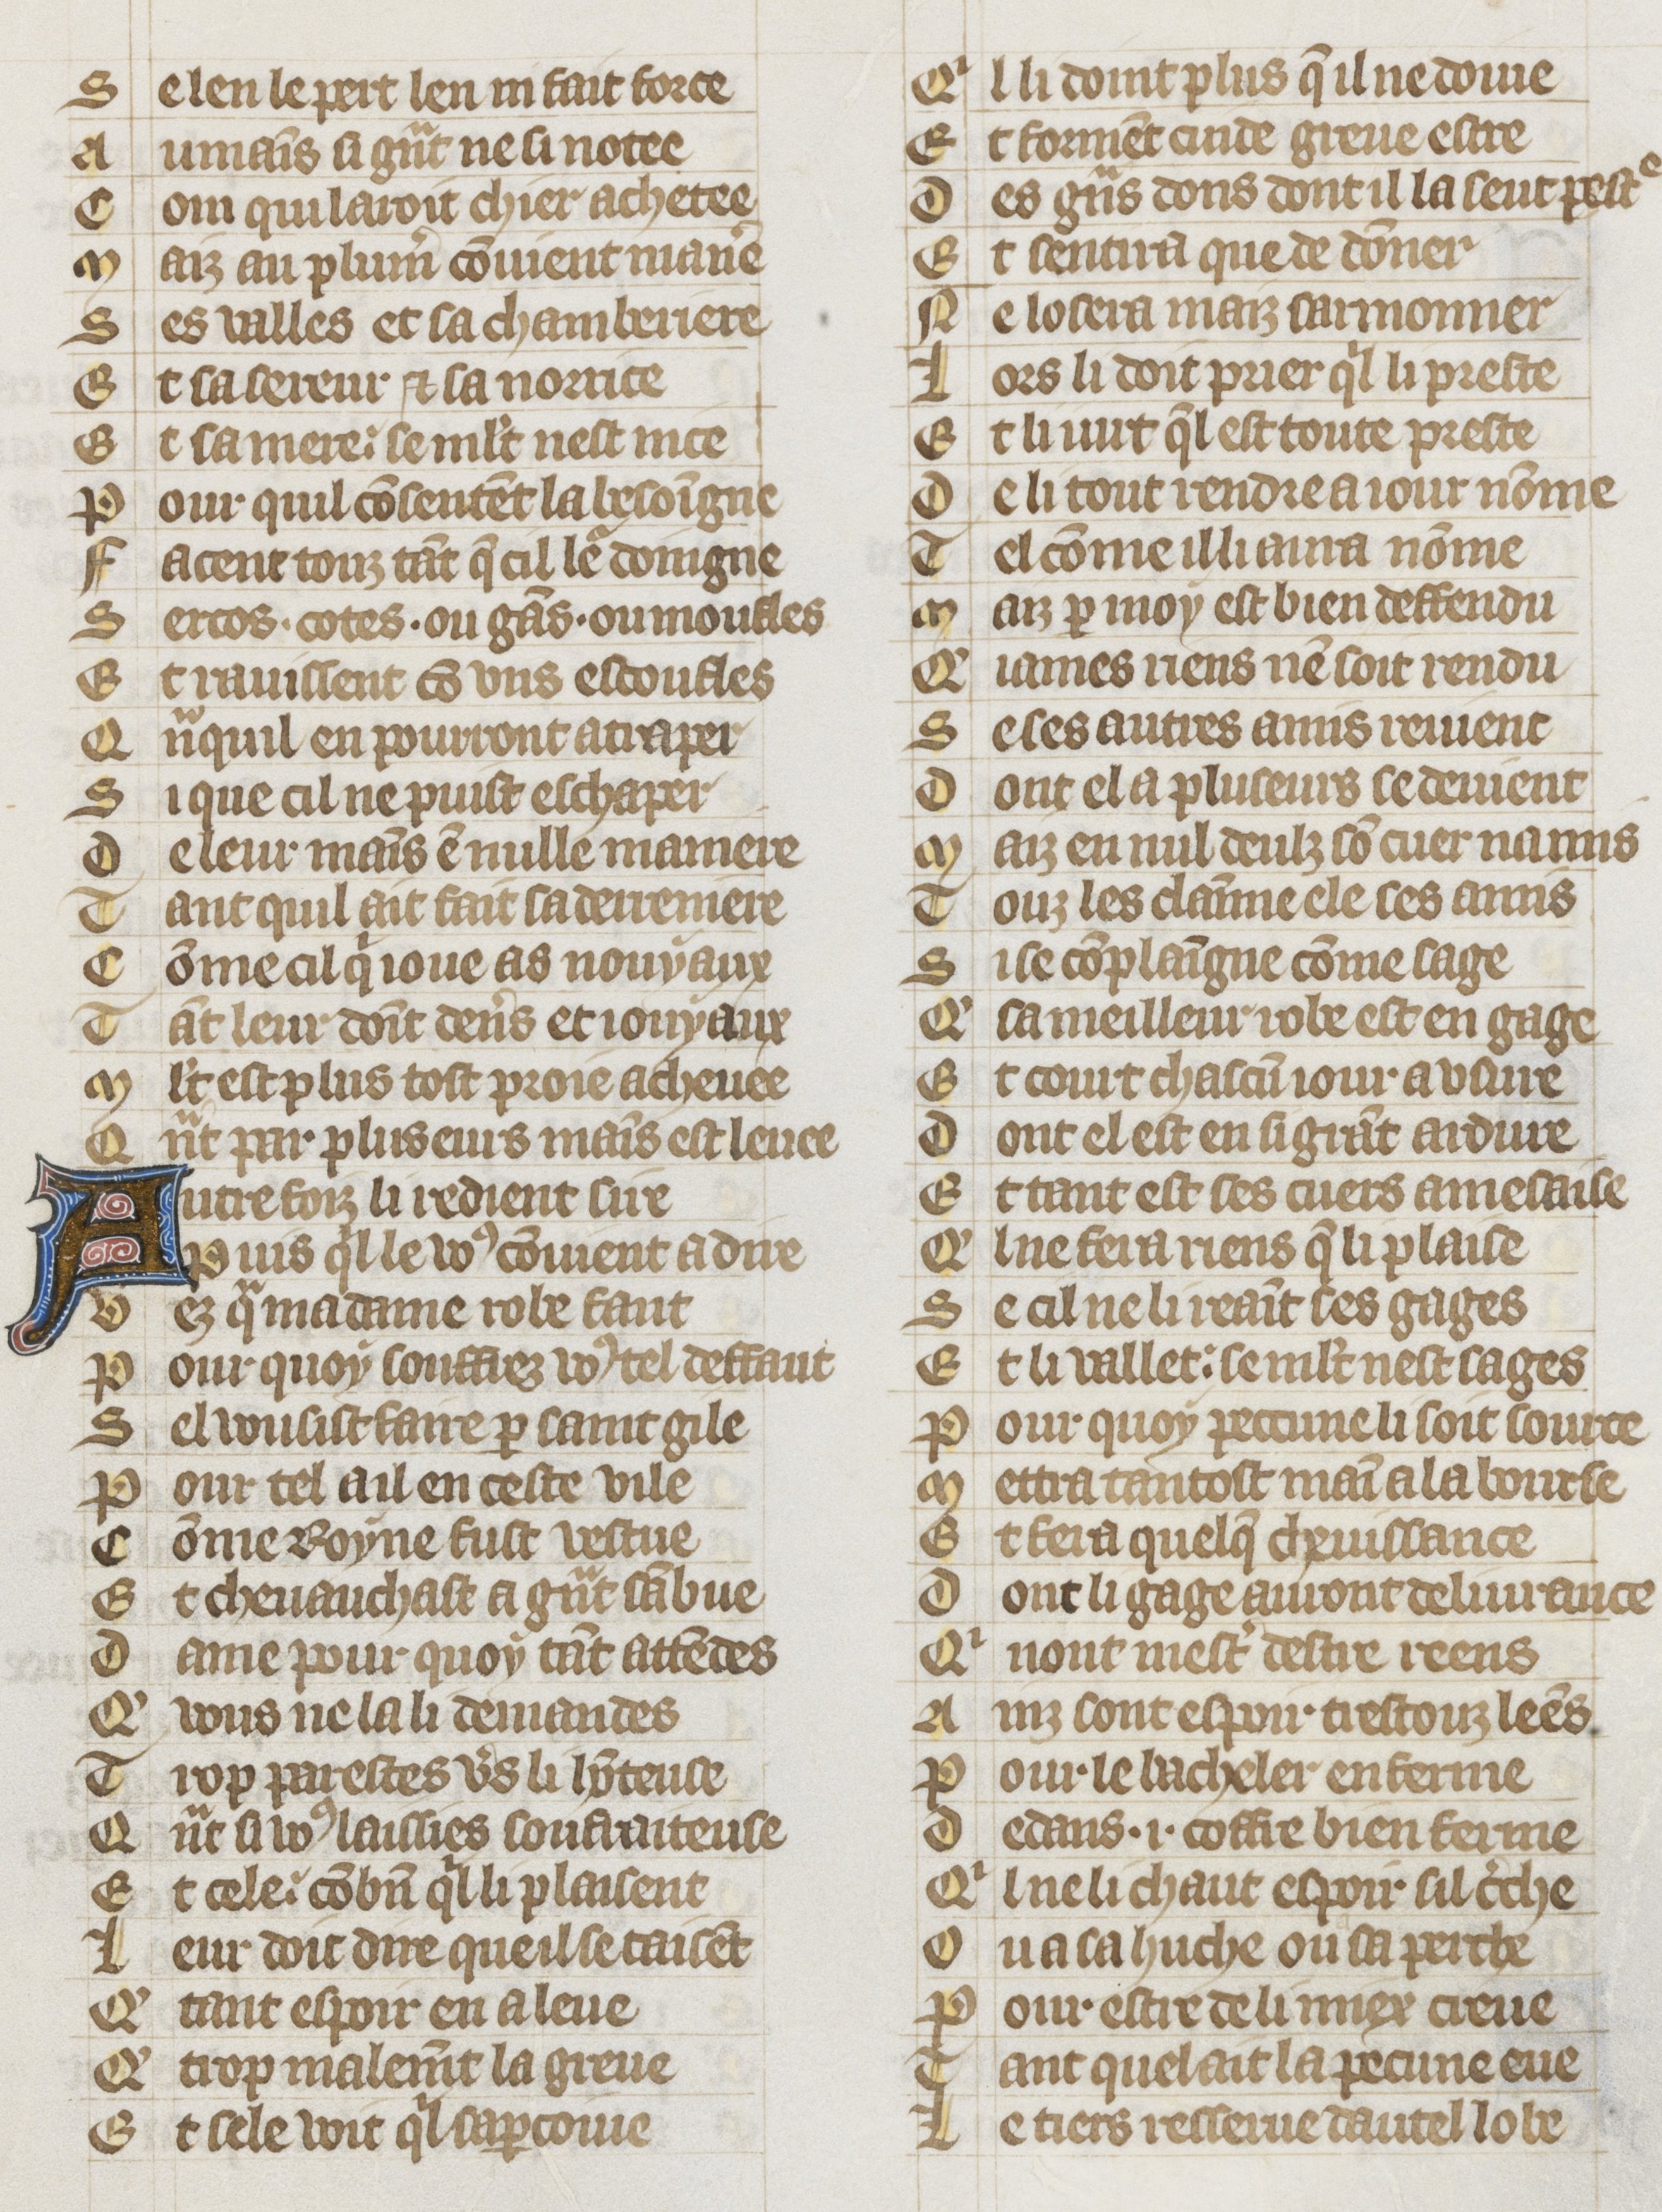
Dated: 1353–1353